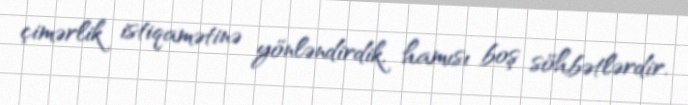
çimərlik istiqamətinə yönləndirdik, hamısı boş söhbətlərdir.